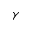
\gamma